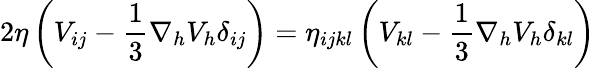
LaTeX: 2\eta\left(V_{ij}-\frac{1}{3}\nabla_{h}V_{h}\delta_{ij}\right)=\eta_{ijkl}\left(V_{kl}-\frac{1}{3}\nabla_{h}V_{h}\delta_{kl}\right)